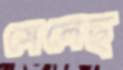
মেলেছ